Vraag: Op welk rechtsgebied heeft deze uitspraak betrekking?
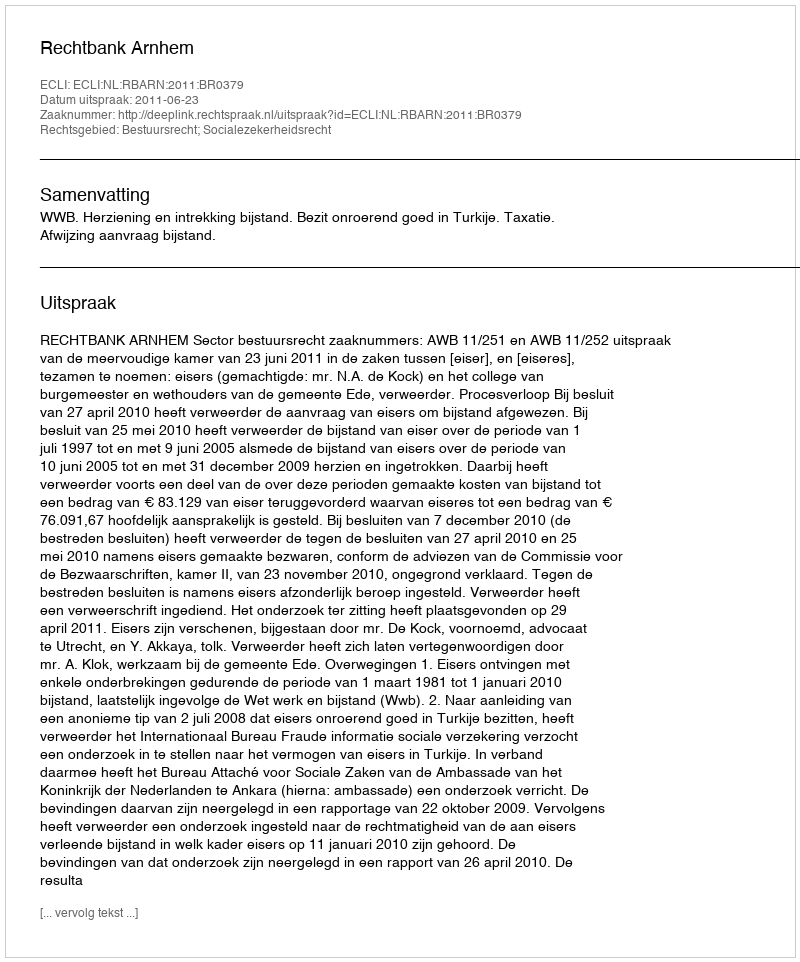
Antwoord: Bestuursrecht; Socialezekerheidsrecht